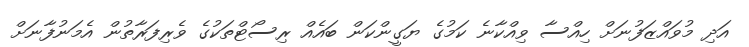
އަދި މުވައްޒަފުނަށް ހިއްސާ ވިއްކާނެ ކަމުގެ ޔަގީންކަން ބައެއް ރިސޯޓްތަކުގެ ވެރިފަރާތުން އެމަނުފާނަށް